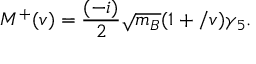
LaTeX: M ^ { + } ( v ) = \frac { ( - i ) } { 2 } \sqrt { m _ { B } } ( 1 + \slash { v } ) \gamma _ { 5 } .